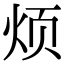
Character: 烦